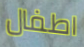
اطفال